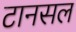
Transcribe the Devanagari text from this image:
टानसल